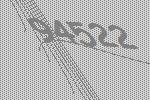
94522